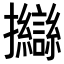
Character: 𢺈